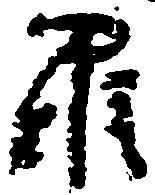
羅